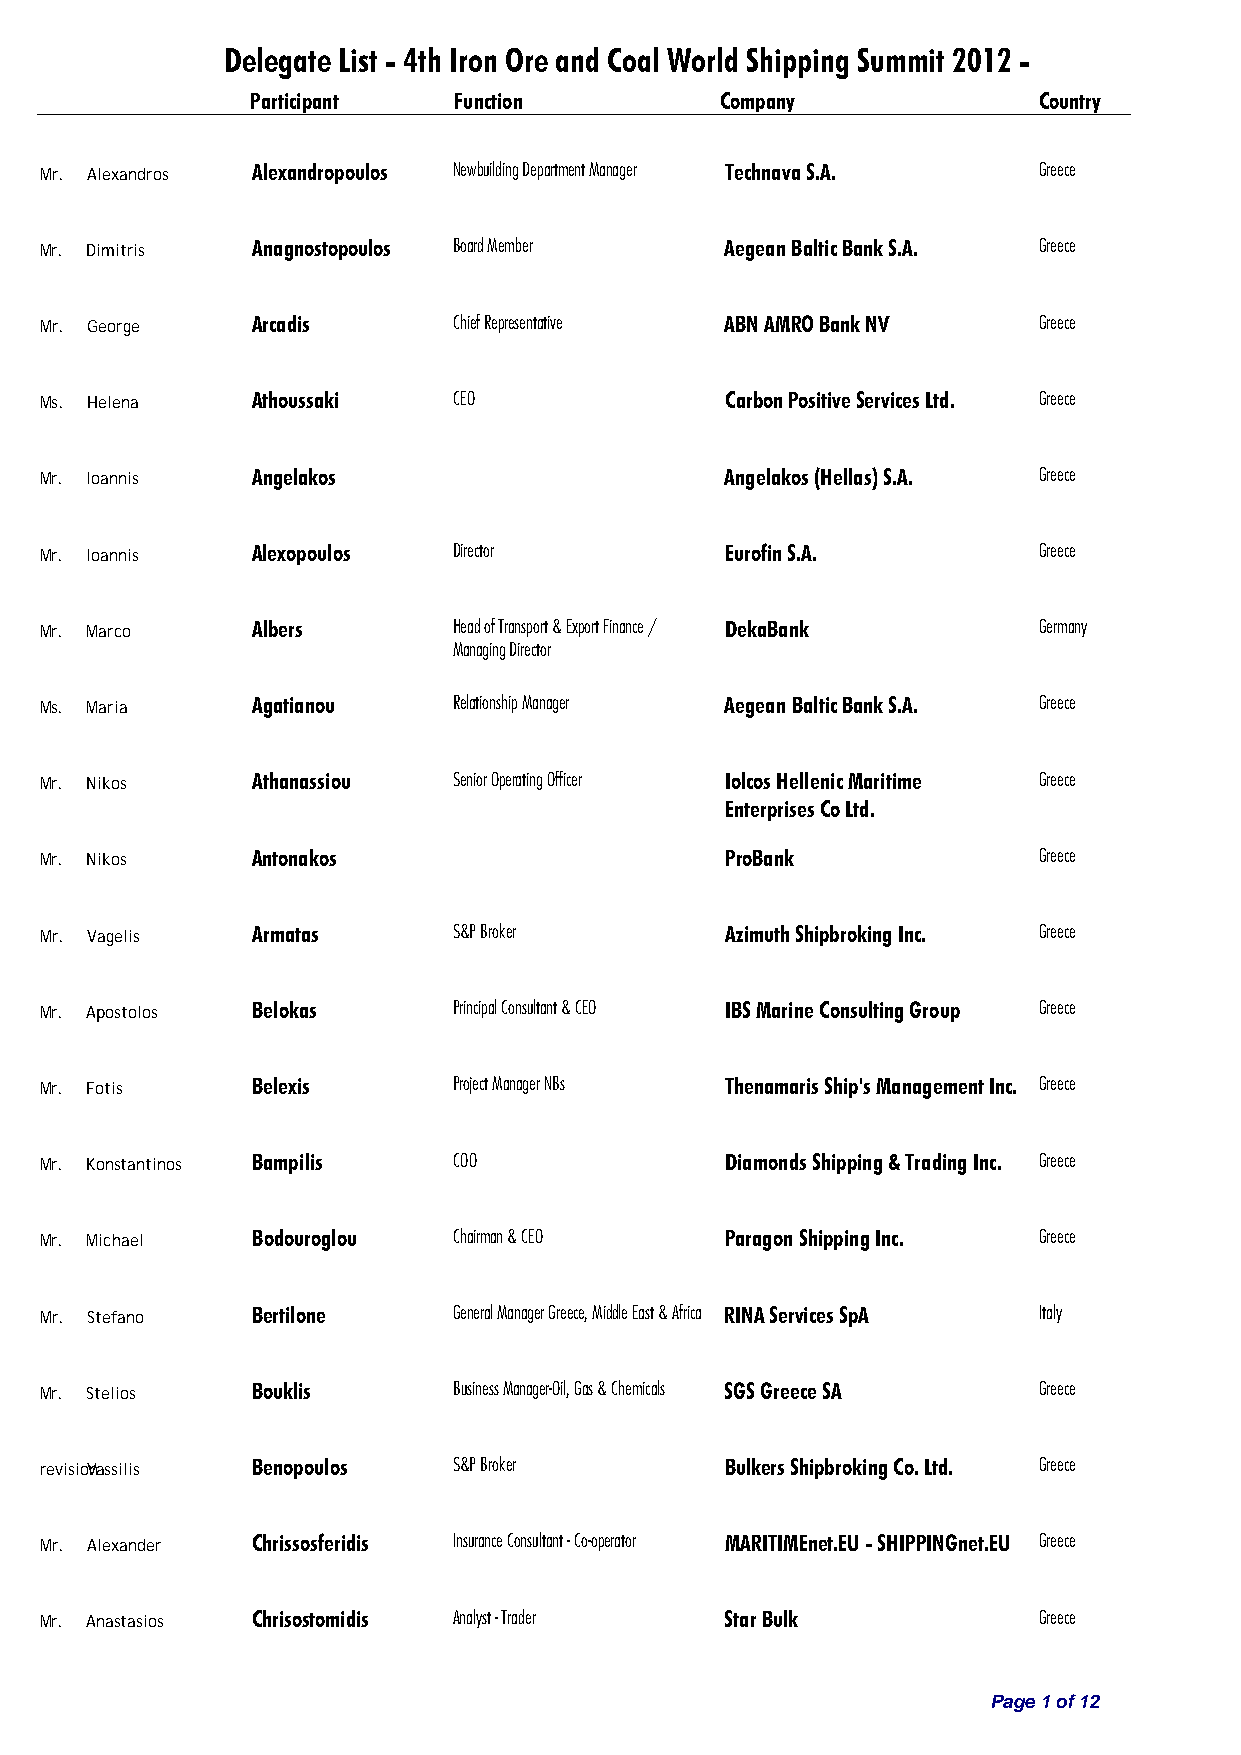
Delegate List - 4th Iron Ore and Coal World Shipping Summit 2012 -
 Participant  Function          Company              Country
 Mr. Alexandros Alexandropoulos Newbuilding Department Manager Technava S.A. Greece
 Mr. Dimitris  Anagnostopoulos Board Member   Aegean Baltic Bank S.A. Greece
 Mr. George    Arcadis      Chief Representative ABN AMRO Bank NV  Greece
 Ms. Helena    Athoussaki   CEO               Carbon Positive Services Ltd. Greece
 Mr. Ioannis   Angelakos                      Angelakos (Hellas) S.A. Greece
 Mr. Ioannis   Alexopoulos  Director          Eurofin S.A.         Greece
 Mr. Marco     Albers       Head of Transport & Export Finance / DekaBank Germany
 Managing Director
 Ms. Maria     Agatianou    Relationship Manager Aegean Baltic Bank S.A. Greece
 Mr. Nikos     Athanassiou  Senior Operating Officer Iolcos Hellenic Maritime Greece
 Enterprises Co Ltd.
 Mr. Nikos     Antonakos                      ProBank              Greece
 Mr. Vagelis   Armatas      S&P Broker        Azimuth Shipbroking Inc. Greece
 Mr. Apostolos Belokas      Principal Consultant & CEO IBS Marine Consulting Group Greece
 Mr. Fotis     Belexis      Project Manager NBs Thenamaris Ship's Management Inc. Greece
 Mr. Konstantinos Bampilis  COO               Diamonds Shipping & Trading Inc. Greece
 Mr. Michael   Bodouroglou  Chairman & CEO    Paragon Shipping Inc. Greece
 Mr. Stefano   Bertilone    General Manager Greece, Middle East & Africa RINA Services SpA Italy
 Mr. Stelios   Bouklis      Business Manager-Oil, Gas & Chemicals SGS Greece SA Greece
 revisioVnassilis Benopoulos S&P Broker       Bulkers Shipbroking Co. Ltd. Greece
 Mr. Alexander Chrissosferidis Insurance Consultant - Co-operator MARITIMEnet.EU - SHIPPINGnet.EU Greece
 Mr. Anastasios Chrisostomidis Analyst - Trader Star Bulk          Greece
 Page 1 of 12